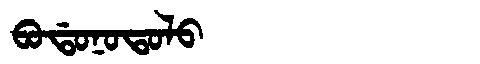
Manchu: ᠪᠣᡩᠣᠨᠣᡨᠣᠯᠣ
Romanization: BODONOTOLO